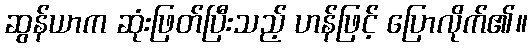
ဆွန်ယာက ဆုံးဖြတ်ပြီးသည့် ဟန်ဖြင့် ပြောလိုက်၏။